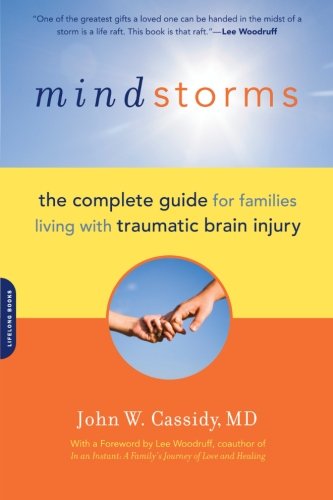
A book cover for Mindstorms: Living with Traumatic Brain Injury; John W. Cassidy MD; Health, Fitness & Dieting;